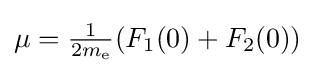
{\textstyle \mu ={\frac {1}{2m_{\text{e}}}}(F_{1}(0)+F_{2}(0))}